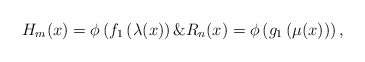
\begin{align*}H_m(x)=\phi\left(f_{1}\left(\lambda(x\right)\right)\& R_n(x)=\phi\left(g_{1}\left(\mu(x)\right)\right),\end{align*}